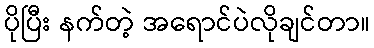
ပိုပြီး နက်တဲ့ အရောင်ပဲလိုချင်တာ။